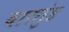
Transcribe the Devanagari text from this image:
बारगुंड